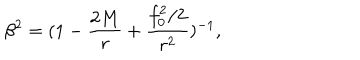
\beta ^ { 2 } = ( 1 - \frac { 2 M } { r } + \frac { f _ { 0 } ^ { 2 } / 2 } { r ^ { 2 } } ) ^ { - 1 } ,